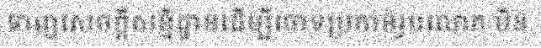
ទាញសេចក្តីសន្និដ្ឋានដើម្បីចោទប្រកាន់រូបលោក មិន